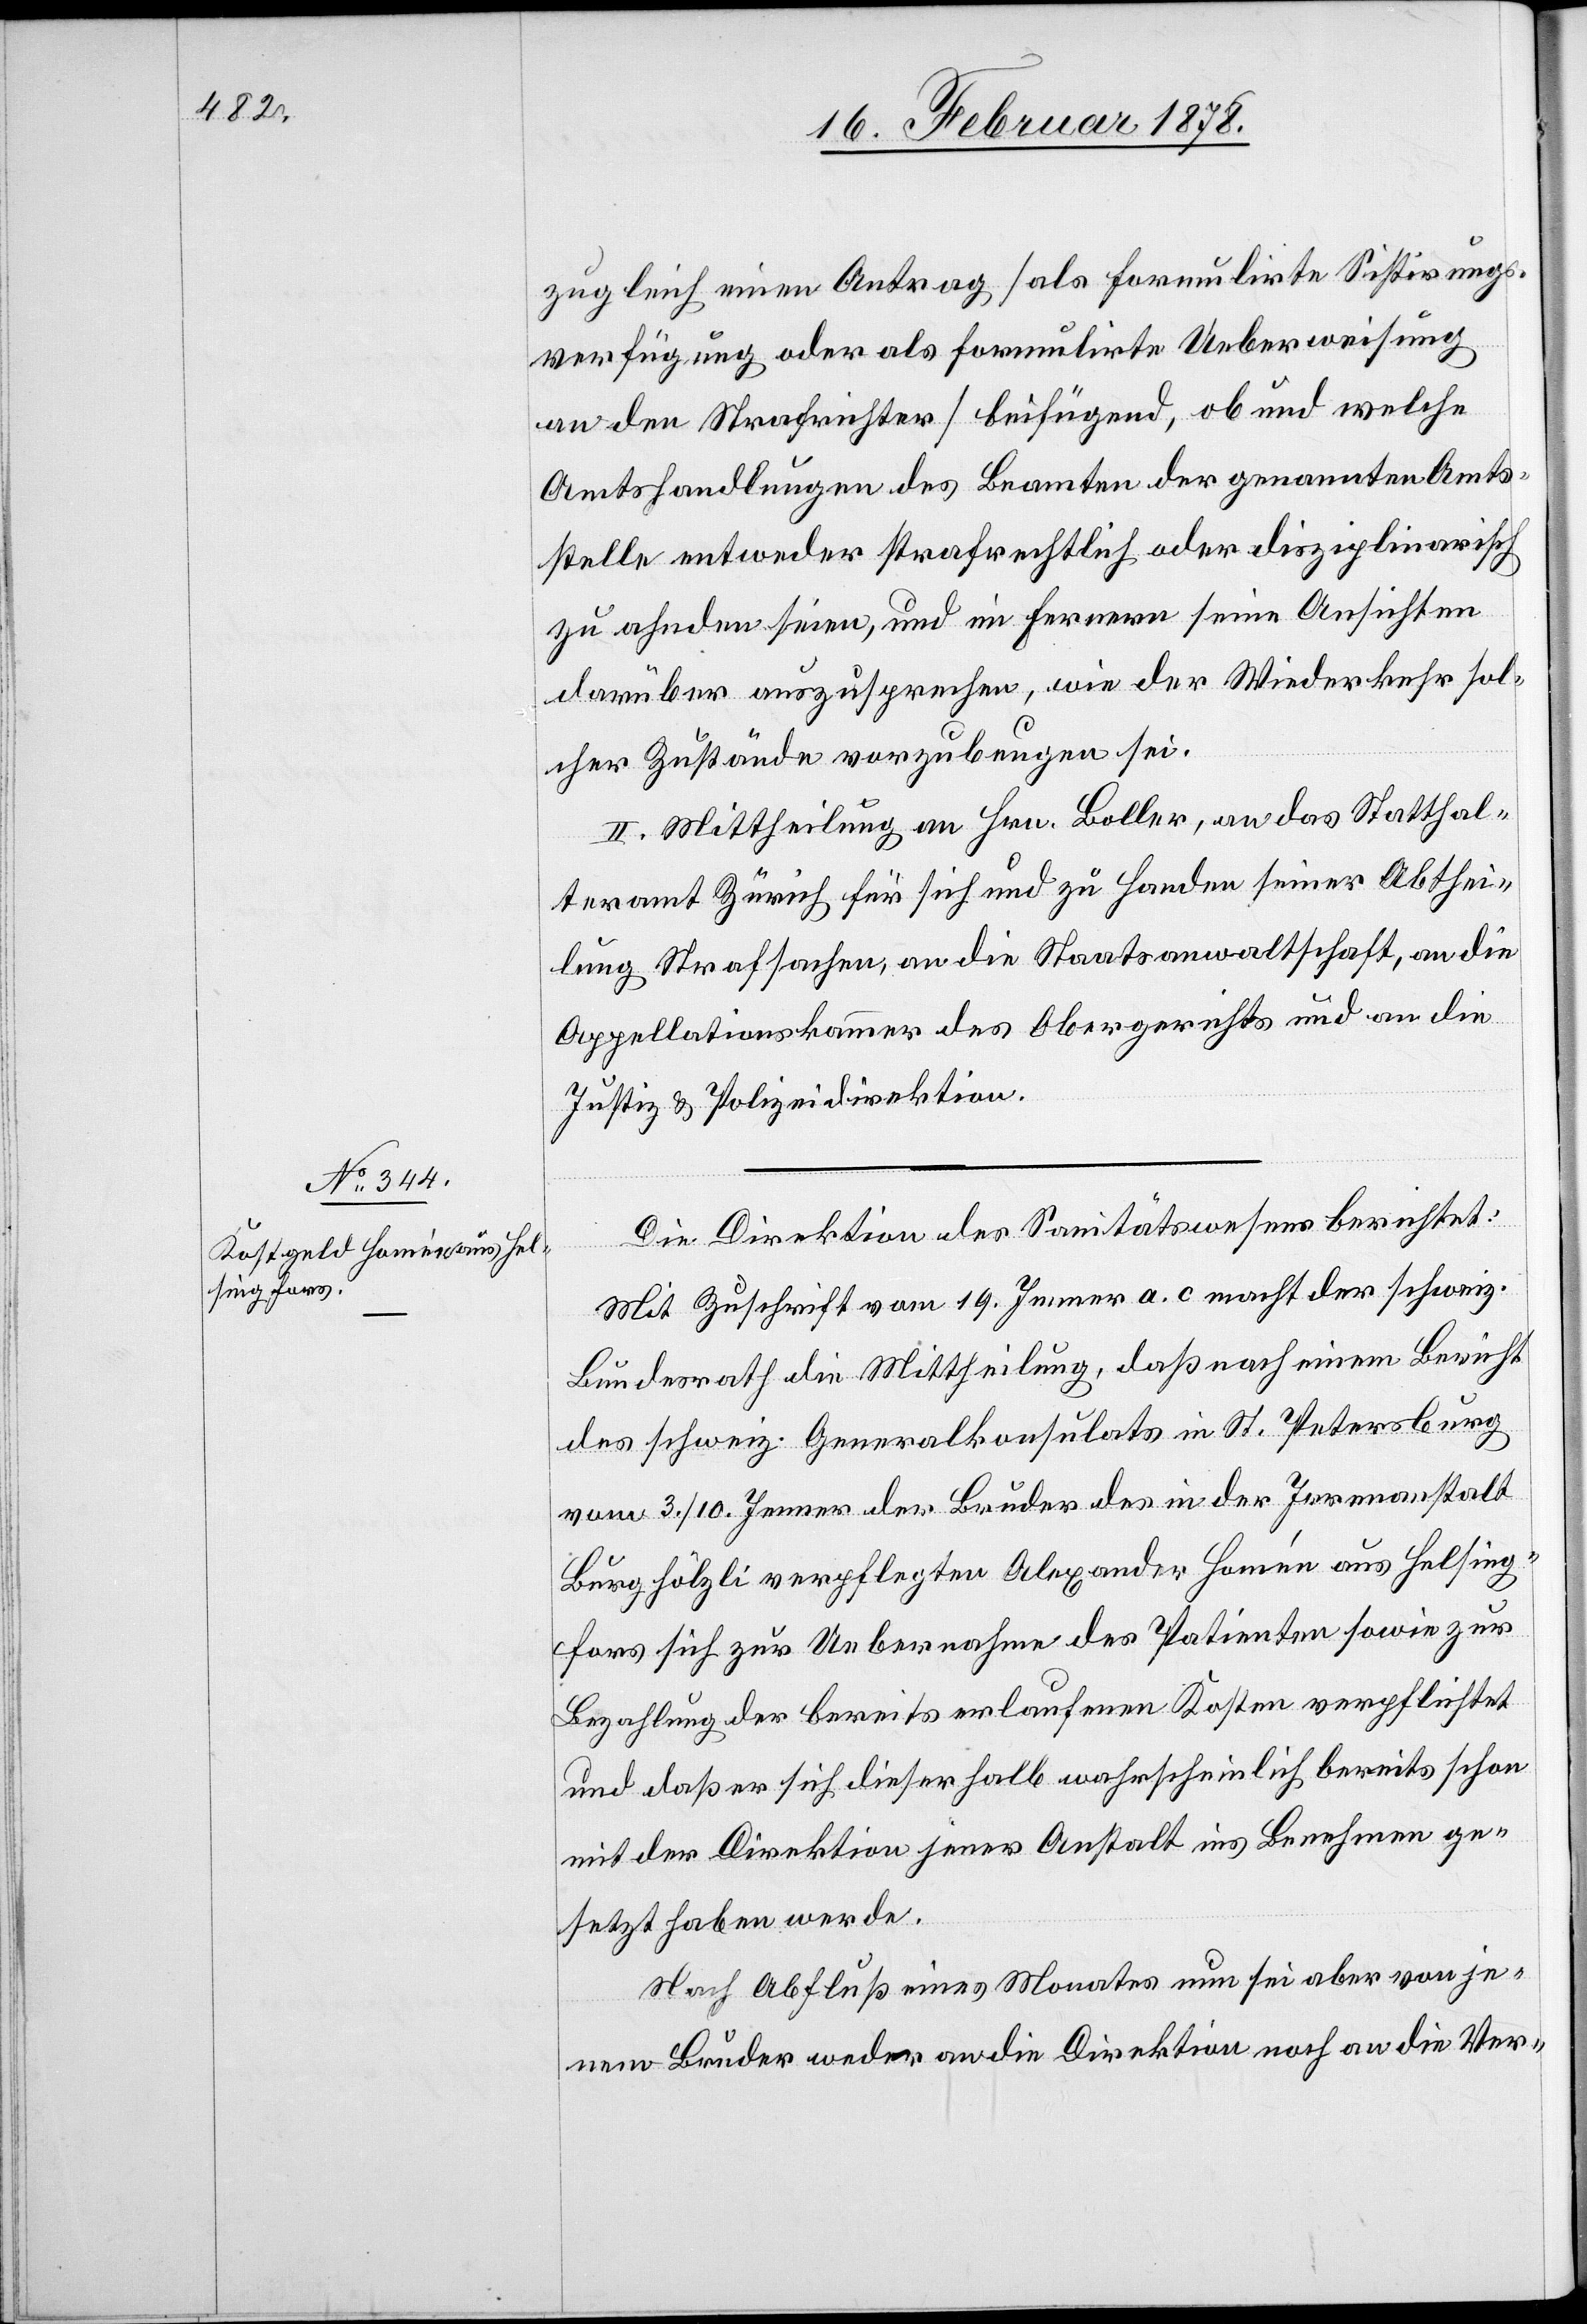
zugleich einen Antrag (als formulirte Sistirungs¬
verfügung oder als formulirte Ueberweisung
an den Strafrichter) beifügend, ob und welche
Amtshandlungen des Beamten der genannten Amts¬
stelle entweder strafrechtlich oder disziplinarisch
zu ahnden seien, und im Fernern seine Ansichten
darüber auszusprechen, wie der Wiederkehr sol¬
cher Zustände vorzubeugen sei.
II. Mittheilung an Hrn. Boller, an das Statthal¬
teramt Zürich für sich und zu Handen seiner Abthei¬
lung Strafsachen, an die Staatsanwaltschaft, an die
Appellationskammer des Obergerichts und an die
Justiz[-] & Polizeidirektion.
Die Direktion des Sanitätswesens berichtet:
Mit Zuschrift vom 19. Jenner a. c. macht der schweiz.
Bundesrath die Mittheilung, daß nach einem Bericht
des schweiz. Generalkonsulats in St. Petersburg
vom 3./10. Jenner der Bruder des in der Irrenanstalt
Burghölzli verpflegten Alexander Homée aus Helsing¬
fors sich zur Uebernahme des Patienten sowie zur
Bezahlung der bereits erlaufenen Kosten verpflichtet
und daß er sich dieserhalb wahrscheinlich bereits schon
mit der Direktion jener Anstalt ins Benehmen ge¬
setzt haben werde.
Nach Abfluß eines Monates nun sei aber von je¬
nem Bruder weder an die Direktion noch an die Ver-